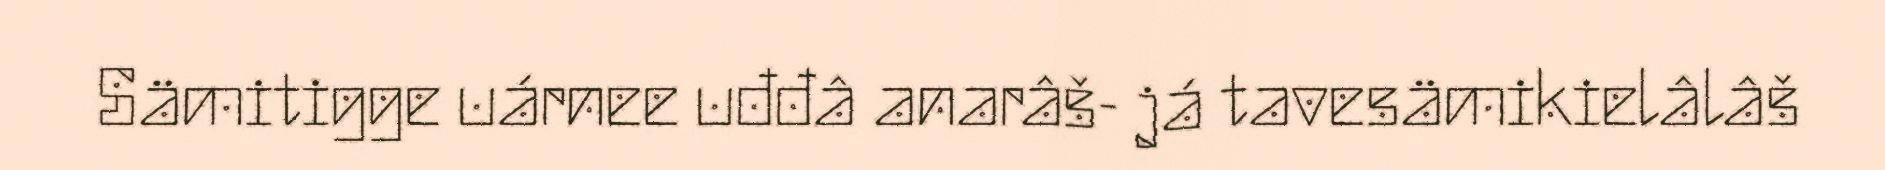
Sämitigge uárnee uđđâ anarâš- já tavesämikielâlâš